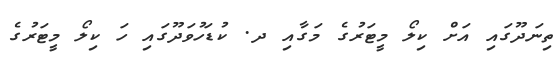
ތިނަދޫގައި އަށް ކިލޯ މީޓަރުގެ މަގާއި ދ. ކުޑަހުވަދޫގައި ހަ ކިލޯ މީޓަރުގެ